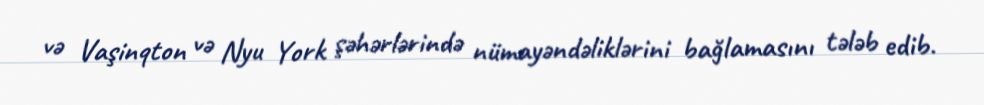
və Vaşinqton və Nyu York şəhərlərində nümayəndəliklərini bağlamasını tələb edib.